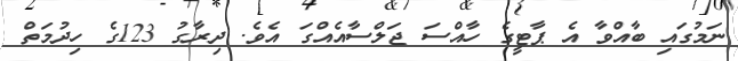
ނަމުގައި ބާއްވާ އެ ޕާޓީގެ ހާއްސަ ޖަލްސާއެއްގަ އެވެ. ދިރާގު 123ގެ ހިދުމަތް